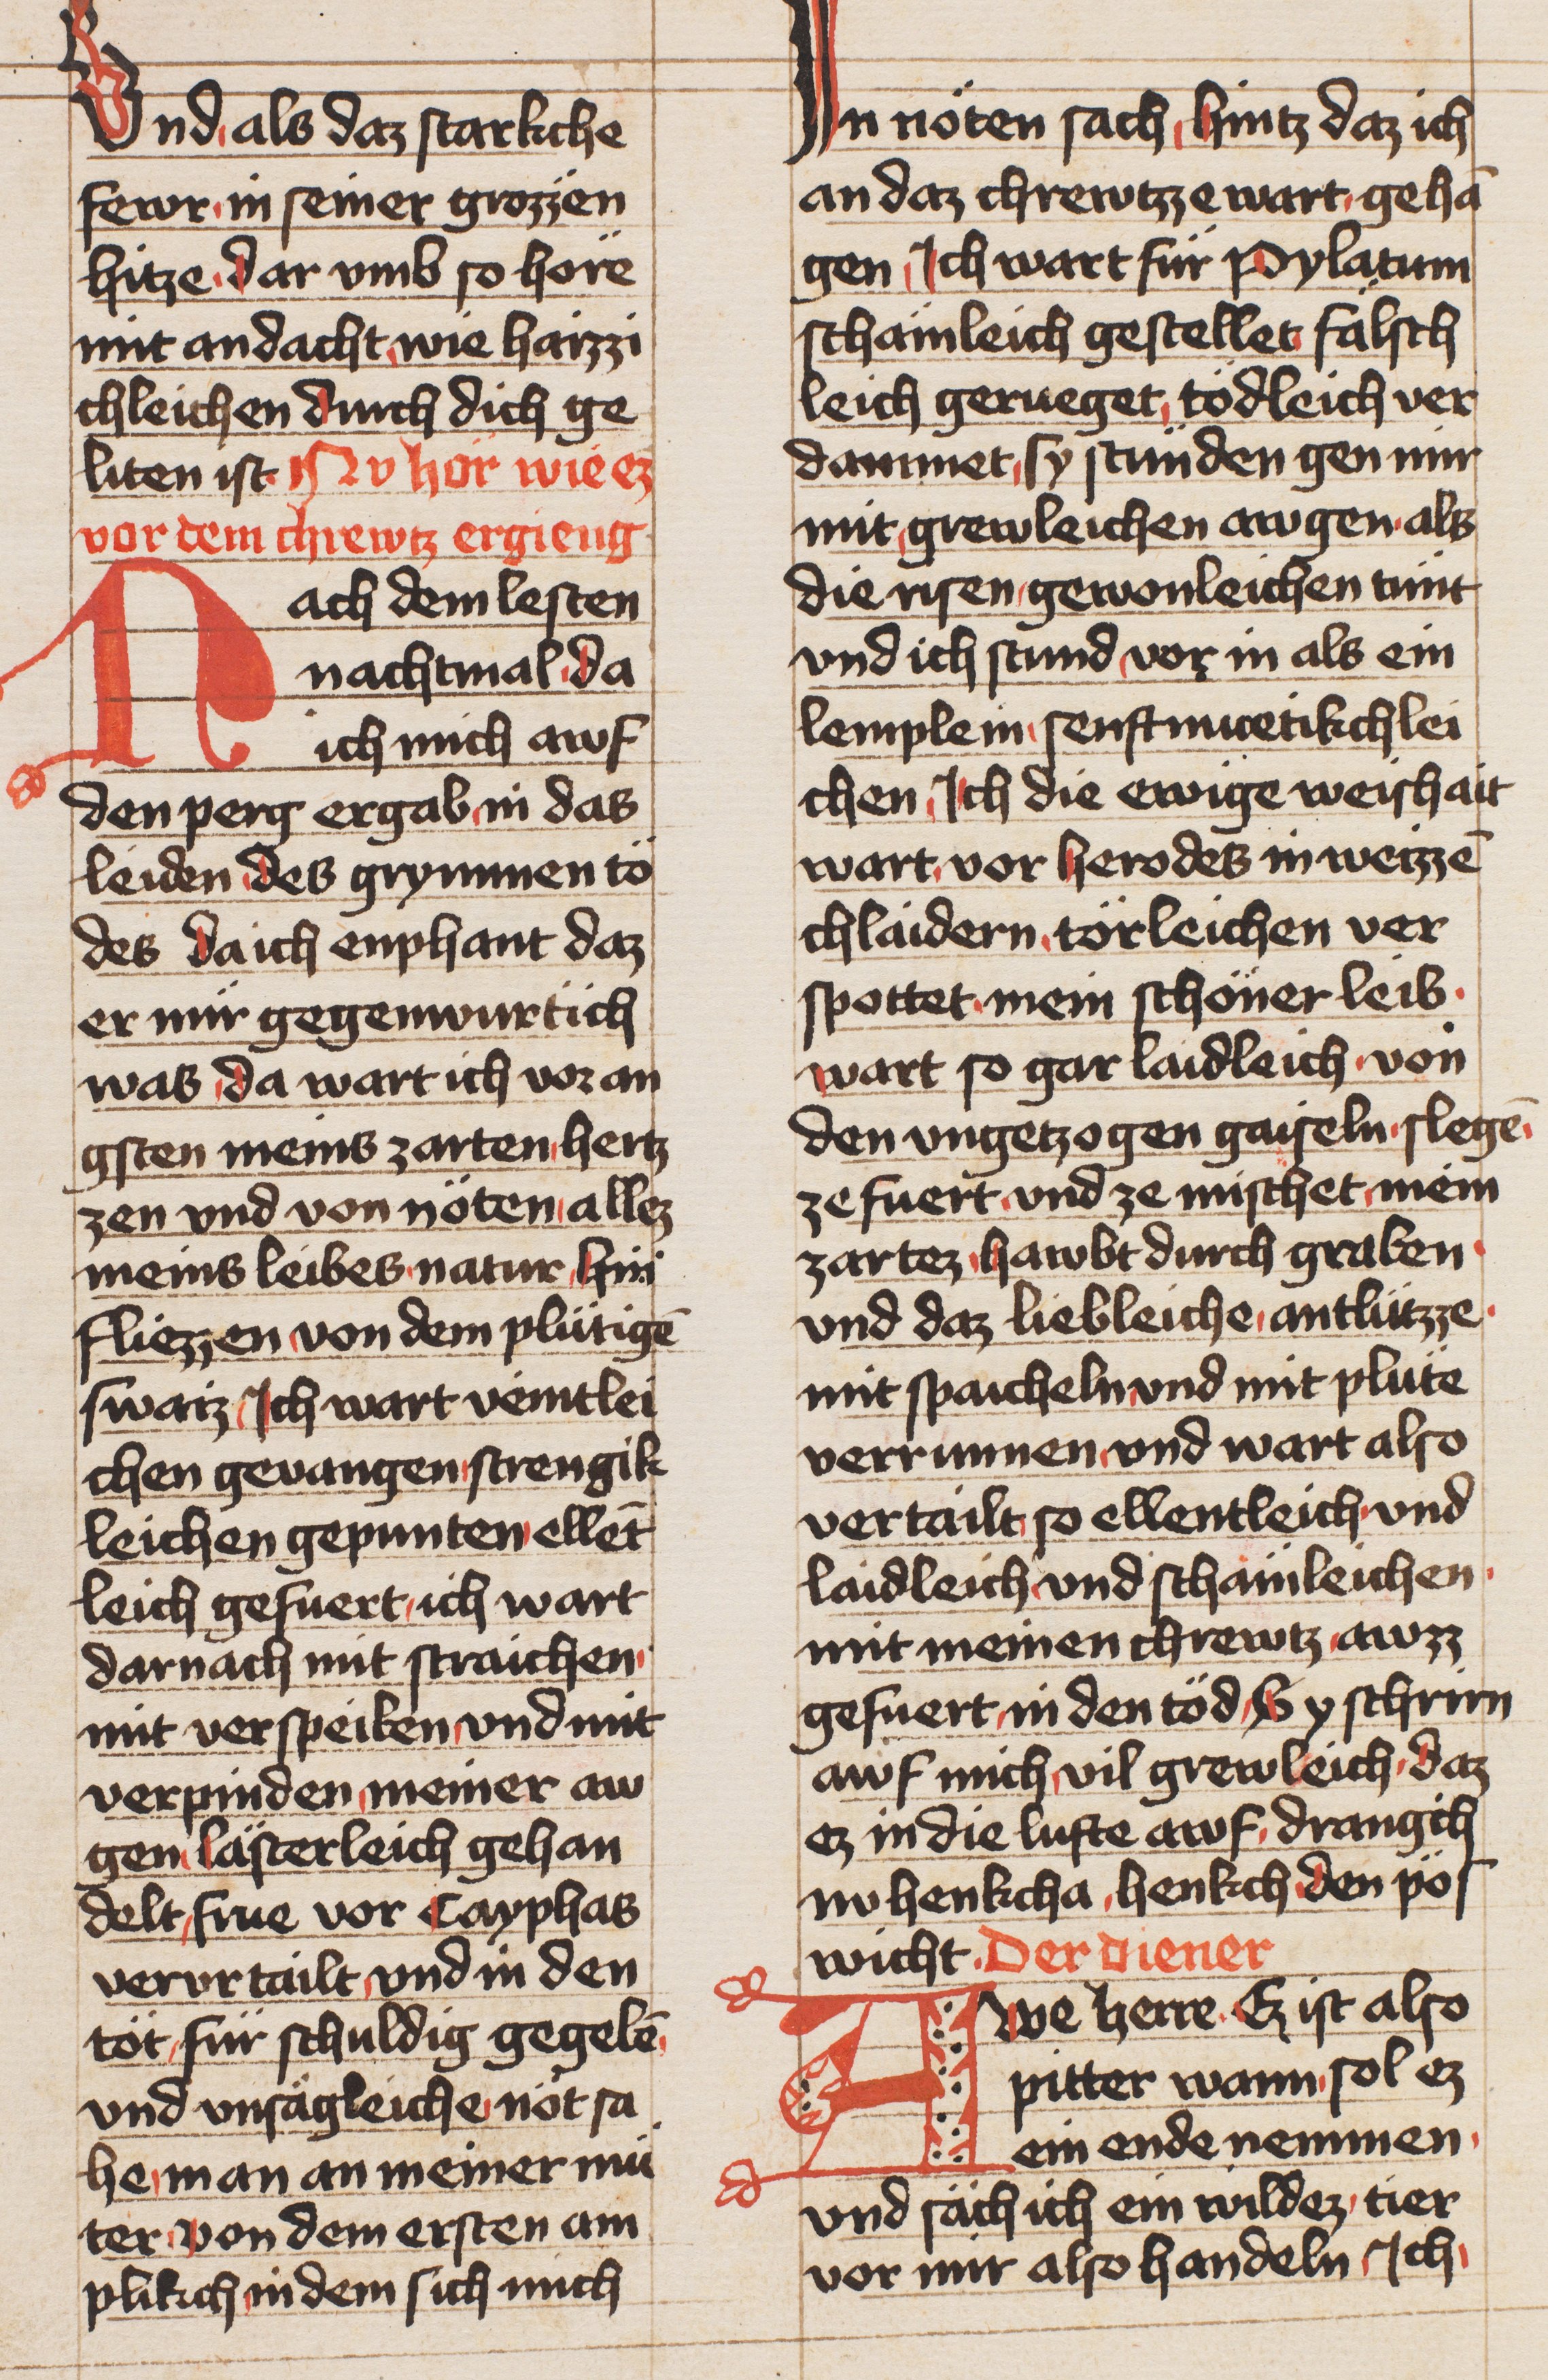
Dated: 1436–1436